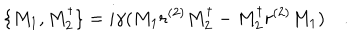
LaTeX: \, \{ M _ { 1 } , M _ { 2 } ^ { \dagger } \} = i \gamma ( M _ { 1 } r ^ { ( 2 ) } M _ { 2 } ^ { \dagger } - M _ { 2 } ^ { \dagger } r ^ { ( 2 ) } M _ { 1 } ) \quad .